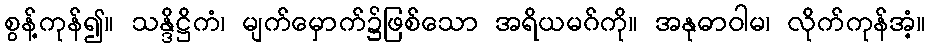
စွန့်ကုန်၍။ သန္ဒိဋ္ဌိကံ၊ မျက်မှောက်၌ဖြစ်သော အရိယမဂ်ကို။ အနုဓာဝါမ၊ လိုက်ကုန်အံ့။